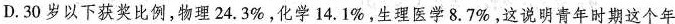
D.30岁以下获奖比例，物理24.3%，化学14.1%，生理医学8.7%，这说明青年时期这个年